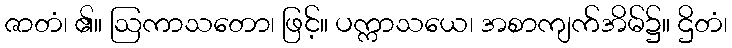
ဇာတံ၊ ၏။ ဩကာသတော၊ ဖြင့်။ ပက္ကာသယေ၊ အစာကျက်အိမ်၌။ ဌိတံ၊